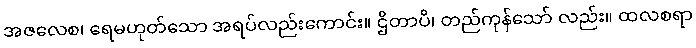
အဇလေစ၊ ရေမဟုတ်သော အရပ်လည်းကောင်း။ ဌိတာပိ၊ တည်ကုန်သော် လည်း။ ထလစရာ